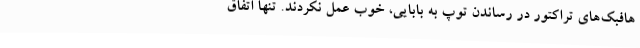
هافبک‌های تراکتور در رساندن توپ به بابایی، خوب عمل نکردند. تنها اتفاق